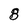
Character: 8